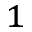
^ 1